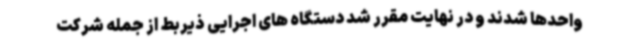
واحدها شدند و در نهایت مقرر شد دستگاه های اجرایی ذیربط از جمله شرکت